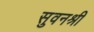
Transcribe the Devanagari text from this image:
सुवनश्री